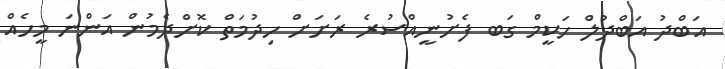
އަބްދު އަބްދުލް ހަކީމް ގަބ ފެށުނީއްސުރެ ރަށަށް ހިދުމަތް ކޮށްދެމުން އަންނަ މީހެއް